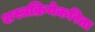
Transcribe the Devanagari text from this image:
शस्त्रक्रियेकरिता